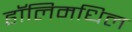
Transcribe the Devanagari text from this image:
हॉलिमधिल